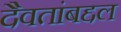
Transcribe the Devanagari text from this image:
दैवतांबद्दल